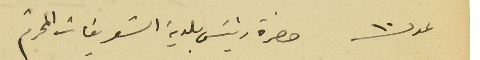
عدد ١٠ حضرة رئيس بلدية الشويفات المحترم